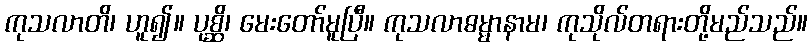
ကုသလာတိ၊ ဟူ၍။ ပုစ္ဆိ၊ မေးတော်မူပြီ။ ကုသလာဓမ္မာနာမ၊ ကုသိုလ်တရားတို့မည်သည်။